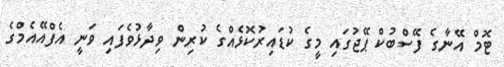
ޓޮމް އޭނާގެ ފޭސްބުކް ޕޭޖުގައި މީގެ ކުޑައިރުކޮޅެއްގެ ކުރިން ވިދާޅުވެފައި ވަނީ އެފްއޭއެމްގެ